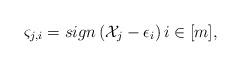
LaTeX: \begin{align*}\varsigma_{j,i}=sign\left(\mathcal{X}_j-\epsilon_i\right) i\in[m],\end{align*}